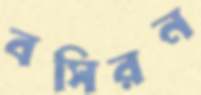
বসিরন